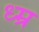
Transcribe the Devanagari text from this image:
ध्म्र